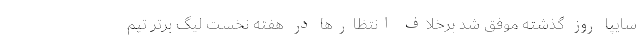
سایپا روز گذشته موفق شد برخلاف انتظارها در هفته نخست لیگ برتر تیم